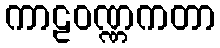
ကာဠဝဏ္ဏကတာ